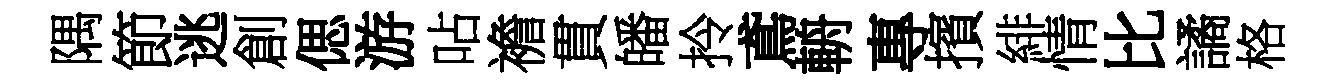
隅節逃創偲游呫襜貫皤拎鳶輈專擯緋情比譎格